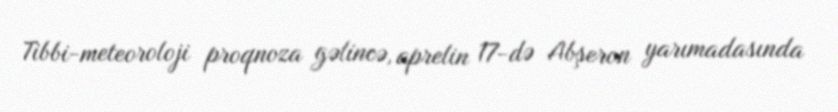
Tibbi-meteoroloji proqnoza gəlincə, aprelin 17-də Abşeron yarımadasında